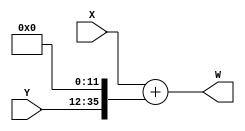
`timescale 1ns / 1ps
//////////////////////////////////////////////////////////////////////////////////
// Company: 
// Engineer: 
// 
// Design Name: 
// Module Name: adder24in36out
// Project Name: 
// Target Devices: 
// Tool Versions: 
// Description: 
// 
// Dependencies: 
// 
// Revision:
// Revision 0.01 - File Created
// Additional Comments:
// 
//////////////////////////////////////////////////////////////////////////////////


// MODULE FOR ADDER INPUT BIT LENGTH IS 24 & OUTPUT BIT LENGTHIS 36
module ADDER24IN36OUT(input [23:0]X, input [23:0]Y, output [35:0]W);
wire [35:0]XM = { 12'b0,X };
wire [35:0]YM = { Y,12'b0};
assign W = XM + YM;
endmodule